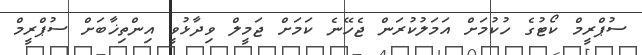
ސުޕްރީމް ކޯޓުގެ ހުކުމަށް އަމަލުކުރަން ޖެހޭނެ ކަމަށް ޖަމީލް ވިދާޅުވީ އިންތިޚާބަށް ސުޕްރީމް